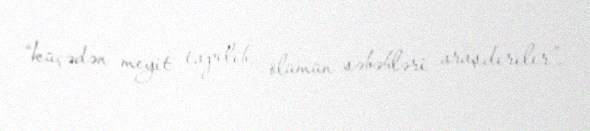
“küçədən meyit tapılıb, ölümün səbəbləri araşdırılır”.